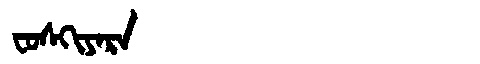
Manchu: ᠸᠣᠰᡴᡳᠶᠠᡵᠠ
Romanization: FOSKIYARA